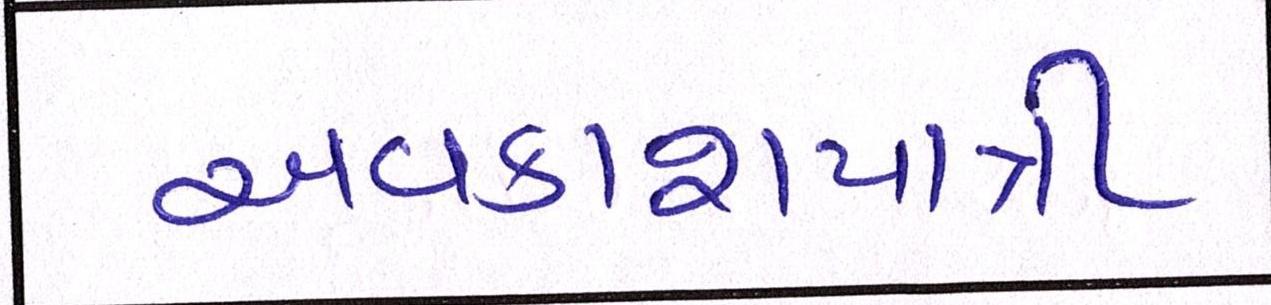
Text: અવકાશયાત્રી